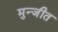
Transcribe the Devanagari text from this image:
मुन्जीत